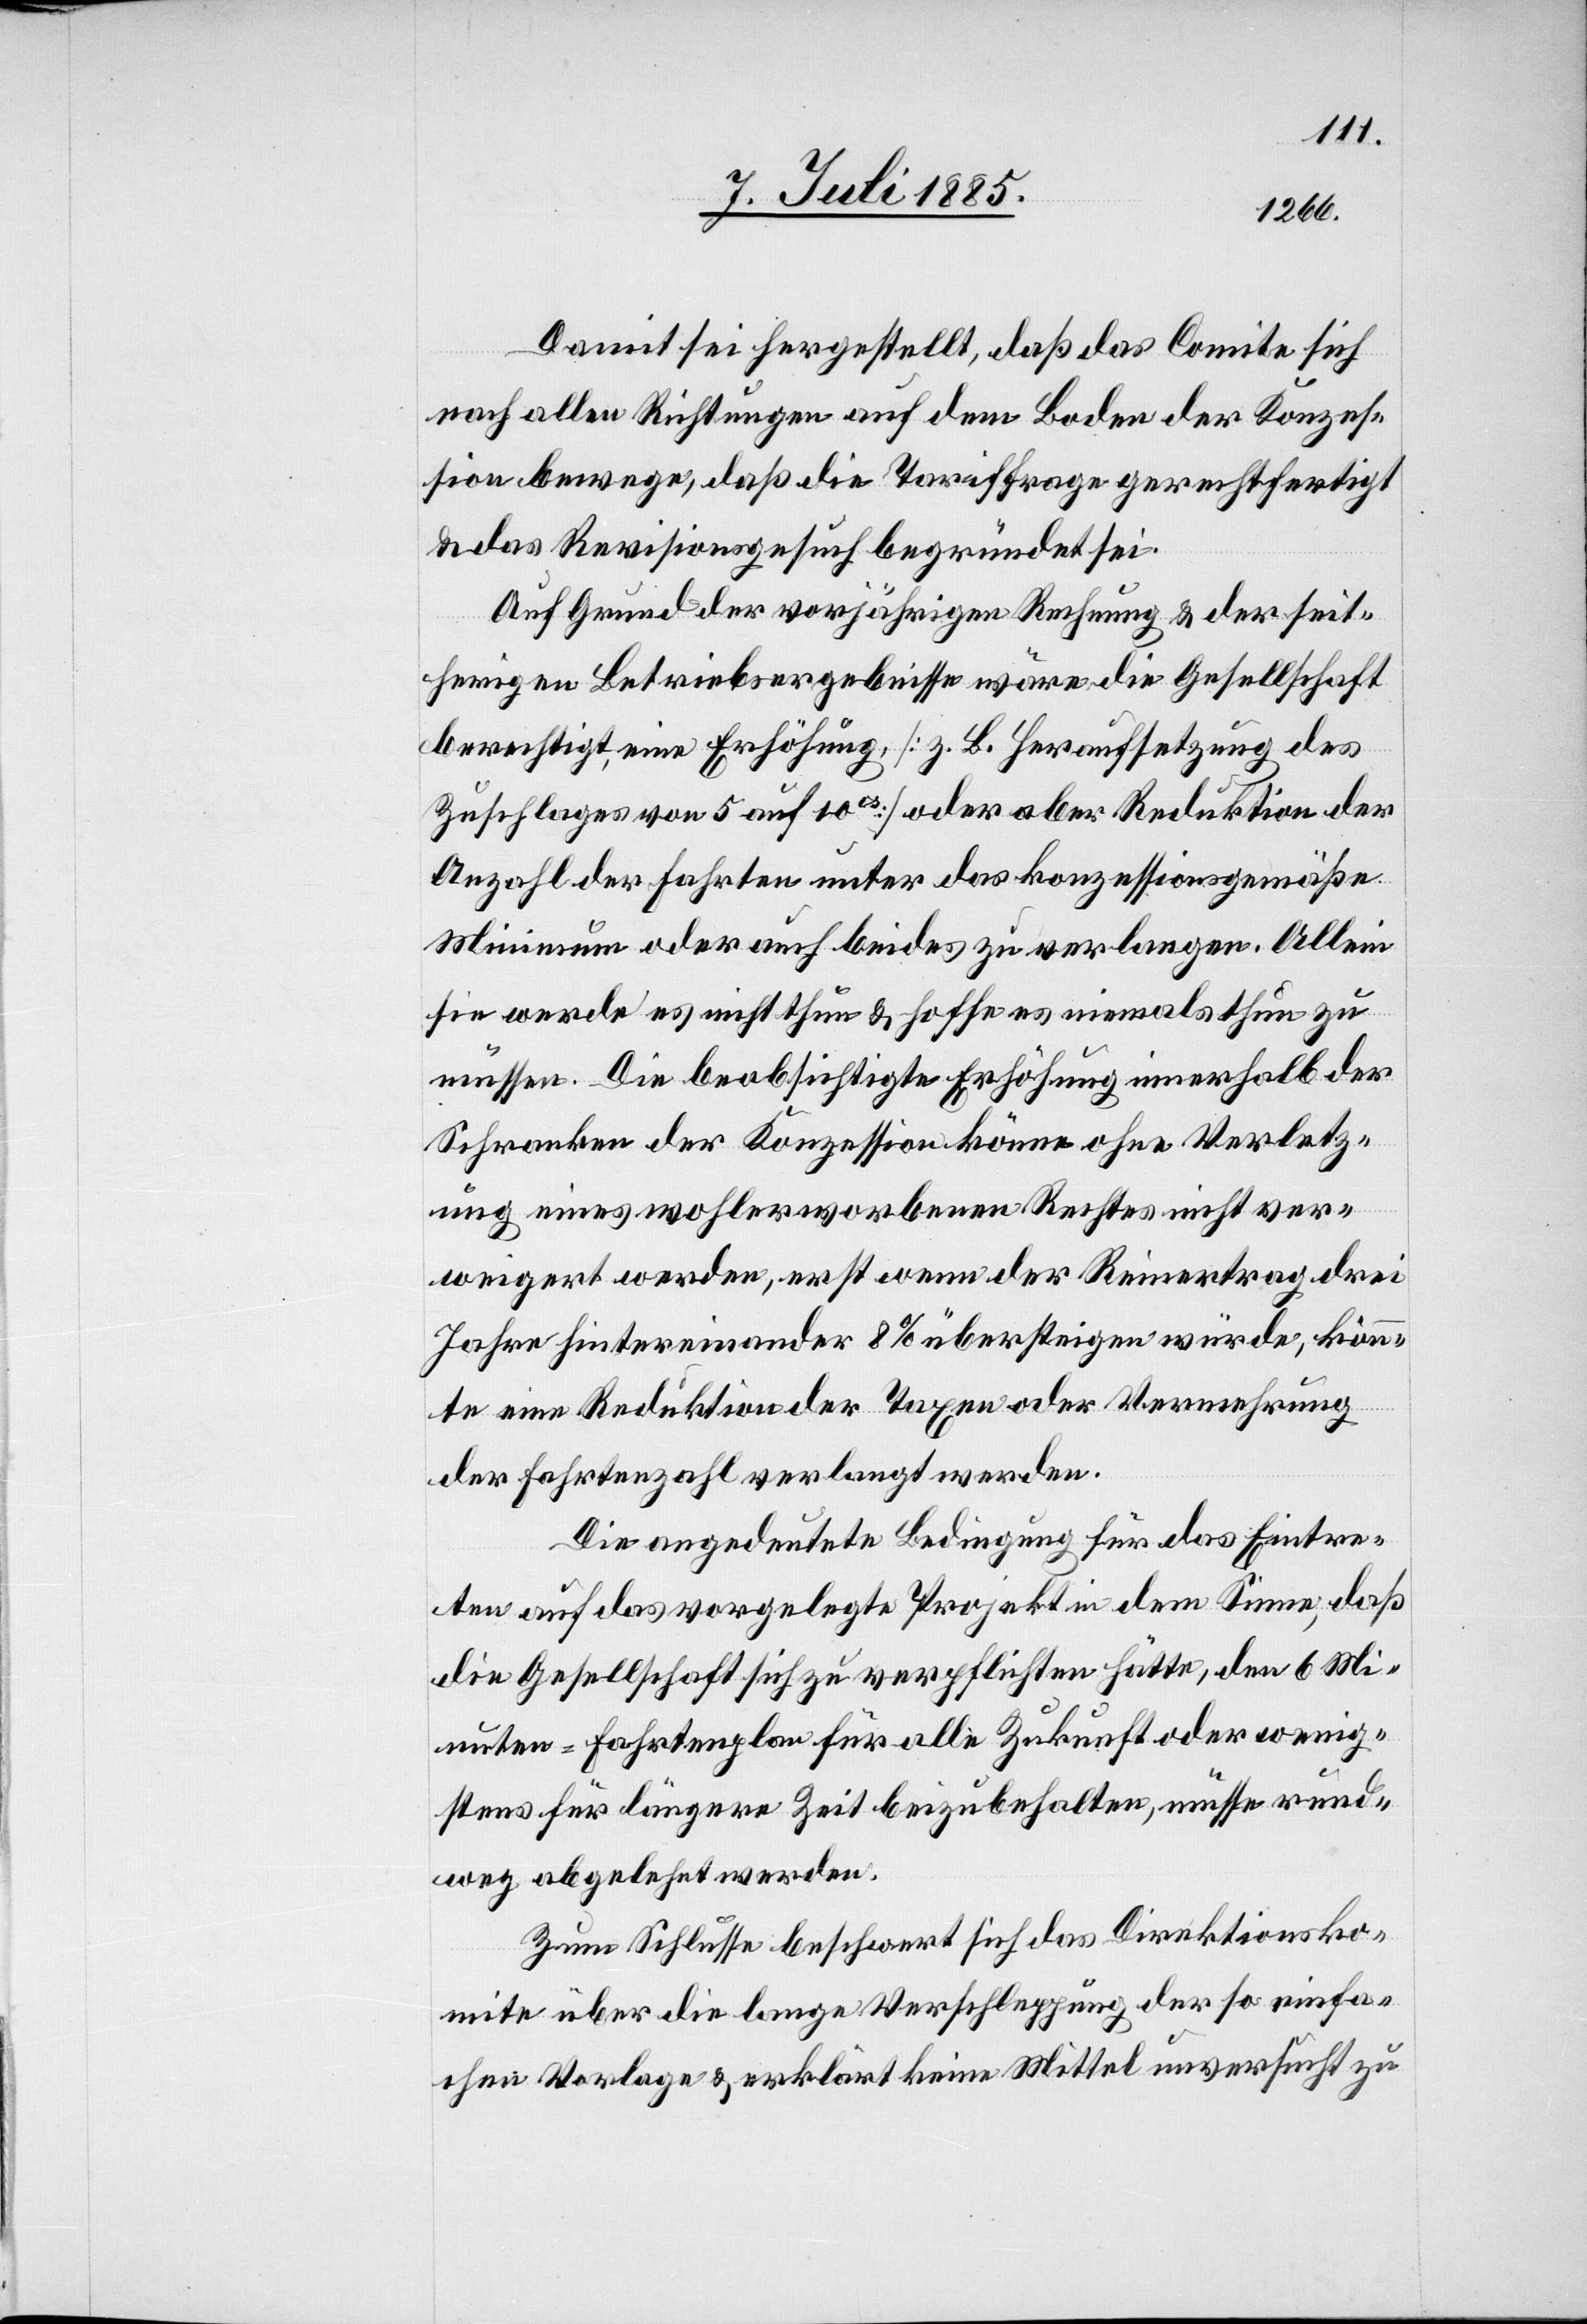
Damit sei hergestellt, daß das Comite sich
nach allen Richtungen auf dem Boden der Konzes¬
sion bewege, daß die Tariffrage gerechtfertigt
& das Revisionsgesuch begründet sei.
Auf Grund der vorjährigen Rechnung & der seit¬
herigen Betriebsergebnisse wäre die Gesellschaft
berechtigt, eine Erhöhung, [z. B. Heraufsetzung des
Zuschlages von 5 auf 10cs] oder aber Reduktion der
Anzahl der Fahrten unter das konzessionsgemäße
Minimum oder auch beides zu verlangen. Allein
sie werde es nicht thun & hoffe es niemals thun zu
müssen. Die beabsichtigte Erhöhung innerhalb der
Schranken der Konzession könne ohne Verletz¬
ung eines wohlerworbenen Rechtes nicht ver¬
weigert werden, erst wenn der Reinertrag drei
Jahre hintereinander 8% übersteigen würde, könn¬
te eine Reduktion der Taxen oder Vermehrung
der Fahrtenzahl verlangt werden.
Die angedeutete Bedingung für das Eintre¬
ten auf das vorgelegte Projekt in dem Sinne, daß
die Gesellschaft sich zu verpflichten hätte, den 6 Mi¬
nuten-Fahrtenplan für alle Zukunft oder wenig¬
stens für längere Zeit beizubehalten, müsse rund¬
weg abgelehnt werden.
Zum Schlusse beschwert sich das Direktionsko¬
mite über die lange Verschleppung der so einfa¬
chen Vorlage & erklärt keine Mittel unversucht zu